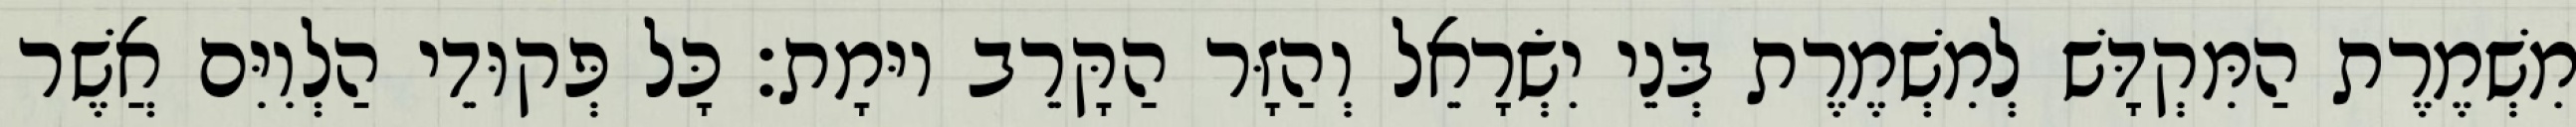
מִשְׁמֶרֶת הַמִּקְדָּשׁ לְמִשְׁמֶרֶת בְּנֵי יִשְׂרָאֵל וְהַזָּר הַקָּרֵב יוּמָת׃ כָּל פְּקוּדֵי הַלְוִיִּם אֲשֶׁר